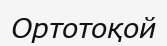
Ортотоқой